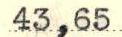
43,65